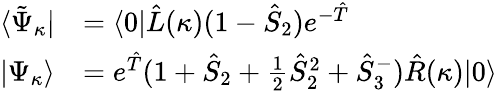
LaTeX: \begin{array}{rl}{\langle\tilde{\Psi}_{\kappa}|}&{=\langle 0|\hat{L}(\kappa)(1-\hat{S}_{2})e^{-\hat{T}}}\\ {|\Psi_{\kappa}\rangle}&{=e^{\hat{T}}(1+\hat{S}_{2}+\frac{1}{2}\hat{S}_{2}^{2}+\hat{S}_{3}^{-})\hat{R}(\kappa)|0\rangle}\end{array}